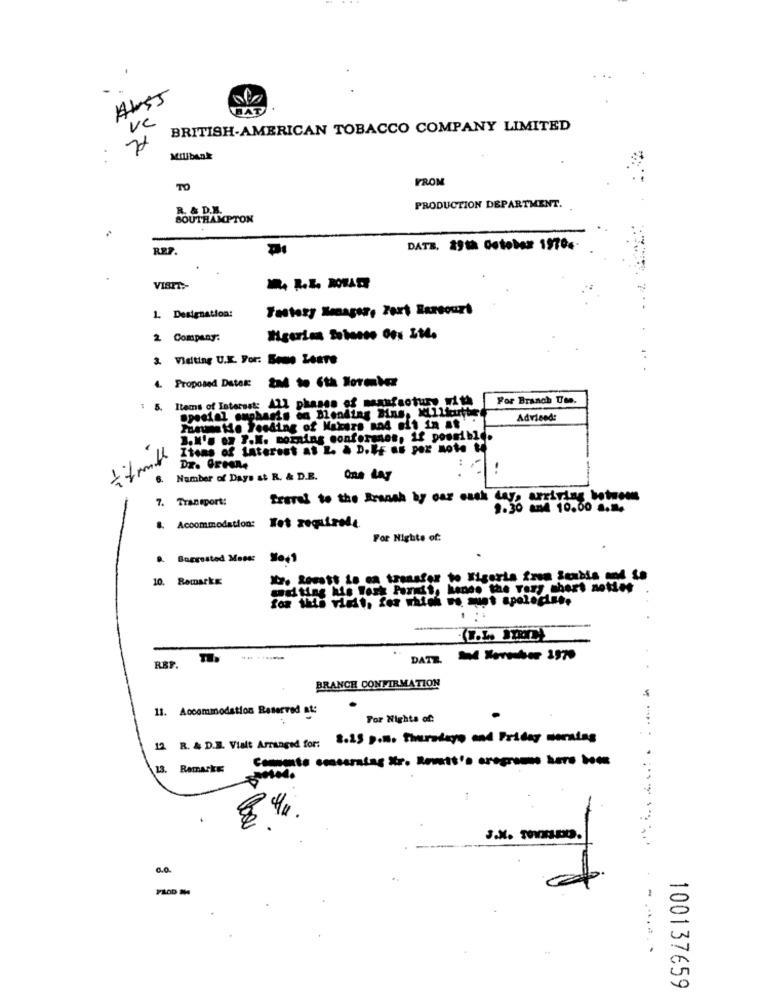
WHAT
ve
BRITISH-AMERICAN TOBACCO COMPANY LIMITED
7
Millbank
FROM
TO
R. & D.K.
PRODUCTION DEPARTMENT.
SOUTHAMPTON
R27.
DATE. 29th Gotobez 19704-
-.-
VISIT :-
Tastory Manager, Port Harcourt
1. Designation:
2 Company:
& Visiting U.K. For: Some Leere
4. Proposed Dates: 234 to 6th lormkez
1 5. Items of Interest: ALL phases of manfacture with
For Branch Use.
special emphasis on Blending Bins, KCLlLicut
Advised:
.M's oz T.K. morning confergnes, if possible.
Itons of interest at 2. à D.LE až por note to
DT. Green,
.
Number of Days &t R. & D.R.
7. Transport:
Isaret to the fransk by car mack ay, arriving between
9.30 and 10.00 a.m.
&. Accommodation:
For Nights of:
10. Remarks
and ting kus fork Pandit, hand. the very short notiet
RBP.
DATE.
BRANCH CONFIRMATION
11. Accommodation Reserved ML:
For Nights of:
12 R. & D.B. Vialt Arranged for: 8.15 p.m. Thursdayo and Pridey warning
13. Remarks:
.
J.X. TODO.
0.0
. .... . . .
100137659